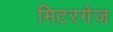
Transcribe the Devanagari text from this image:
मिटरगेज